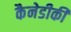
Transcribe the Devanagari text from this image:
कैनेडीकी